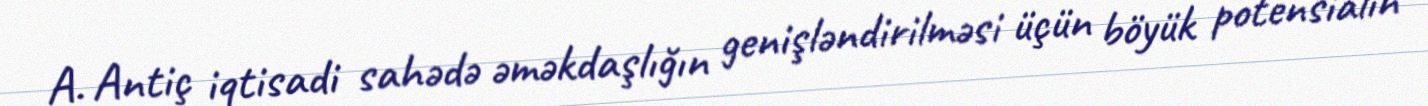
A. Antiç iqtisadi sahədə əməkdaşlığın genişləndirilməsi üçün böyük potensialın